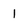
Character: 1